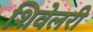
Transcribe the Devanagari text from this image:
शिवेलरी